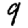
Digit: 9